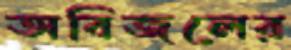
অবিজলের